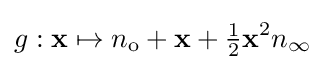
g:\mathbf {x} \mapsto n_{\text{o}}+\mathbf {x} +{\tfrac {1}{2}}\mathbf {x} ^{2}n_{\infty }